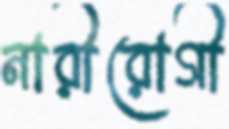
নারীরোগী